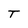
Character: T